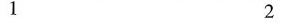
1 2